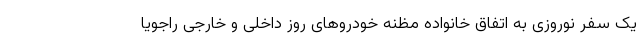
یک سفر نوروزی به اتفاق خانواده مظنه خودروهای روز داخلی و خارجی راجویا